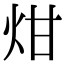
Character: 㶰